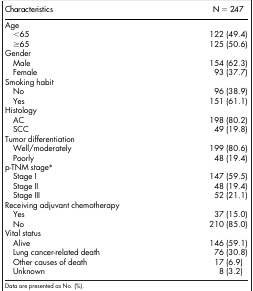
<table><thead><tr><td><b>Characteristics</b></td><td><b>N = 247</b></td></tr></thead><tbody><tr><td>Age</td><td> </td></tr><tr><td> &lt;65</td><td>122 (49.4)</td></tr><tr><td> ≥65</td><td>125 (50.6)</td></tr><tr><td>Gender</td><td> </td></tr><tr><td> Male</td><td>154 (62.3)</td></tr><tr><td> Female</td><td>93 (37.7)</td></tr><tr><td>Smoking habit</td><td> </td></tr><tr><td> No</td><td>96 (38.9)</td></tr><tr><td> Yes</td><td>151 (61.1)</td></tr><tr><td>Histology</td><td> </td></tr><tr><td> AC</td><td>198 (80.2)</td></tr><tr><td> SCC</td><td>49 (19.8)</td></tr><tr><td>Tumor differentiation</td><td> </td></tr><tr><td> Well/moderately</td><td>199 (80.6)</td></tr><tr><td> Poorly</td><td>48 (19.4)</td></tr><tr><td>p-TNM stage*</td><td> </td></tr><tr><td> Stage I</td><td>147 (59.5)</td></tr><tr><td> Stage II</td><td>48 (19.4)</td></tr><tr><td> Stage III</td><td>52 (21.1)</td></tr><tr><td>Receiving adjuvant chemotherapy</td><td> </td></tr><tr><td> Yes</td><td>37 (15.0)</td></tr><tr><td> No</td><td>210 (85.0)</td></tr><tr><td>Vital status</td><td> </td></tr><tr><td> Alive</td><td>146 (59.1)</td></tr><tr><td> Lung cancer-related death</td><td>76 (30.8)</td></tr><tr><td> Other causes of death</td><td>17 (6.9)</td></tr><tr><td> Unknown</td><td>8 (3.2)</td></tr></tbody></table>